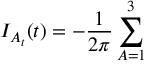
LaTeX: I _ { A _ { t } } ( t ) = - \frac { 1 } { 2 \pi } \sum _ { A = 1 } ^ { 3 }